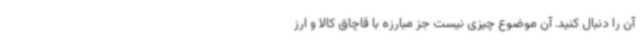
آن را دنبال کنید. آن موضوع چیزی نیست جز مبارزه با قاچاق کالا و ارز